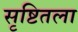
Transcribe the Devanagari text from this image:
सृष्टितला